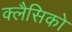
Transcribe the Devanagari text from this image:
क्लैसिको